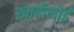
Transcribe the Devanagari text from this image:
खादीभोई